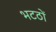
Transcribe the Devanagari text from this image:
भटठों